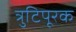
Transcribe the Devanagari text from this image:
त्रुटिपूरक